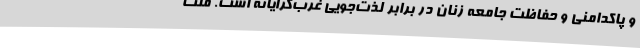
و پاکدامنی و حفاظت جامعه زنان در برابر لذت‌جویی غرب‌گرایانه است. ملت